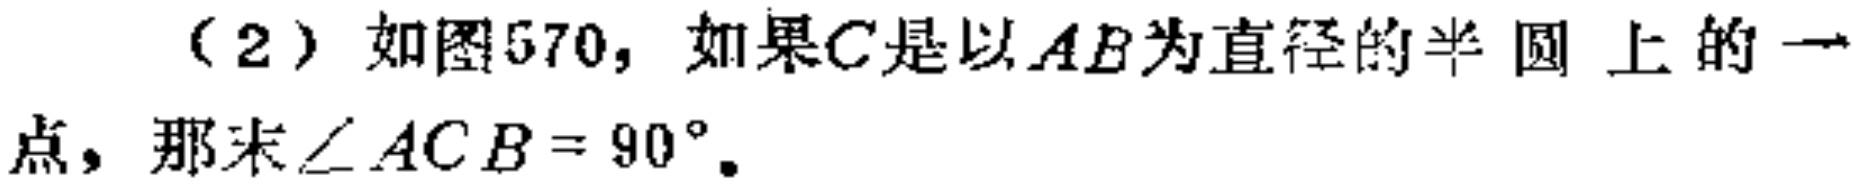
（2）如图570，如果\(C\)是以\(AB\)为直径的半圆上的一点，那么\(\angle ACB = 90^{\circ}\)。